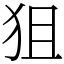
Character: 狙